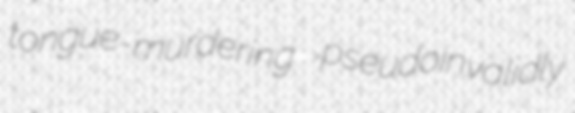
tongue-murdering pseudoinvalidly